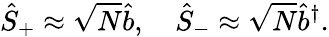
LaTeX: \hat{S}_{+}\approx\sqrt{N}\hat{b},\quad\hat{S}_{-}\approx\sqrt{N}\hat{b}^{\dagger}.